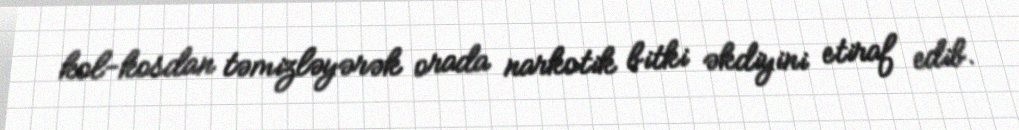
kol-kosdan təmizləyərək orada narkotik bitki əkdiyini etiraf edib.